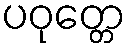
ပဝုတ္တေ